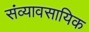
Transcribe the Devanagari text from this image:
संव्यावसायिक